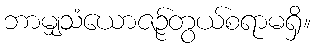
ဘာမျှသံယောဇဉ်တွယ်စရာမရှိ။